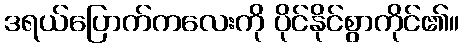
ဒရယ်ပြောက်ကလေးကို ပိုင်နိုင်စွာကိုင်၏။